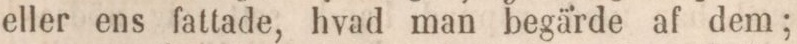
eller ens fattade, hvad man begärde af dem;